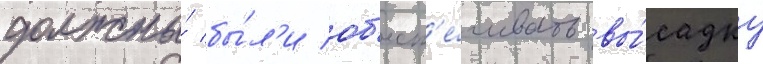
должны́ бы́л'и об'есп'е́чивать вы́садку